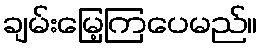
ချမ်းမြေ့ကြပေမည်။